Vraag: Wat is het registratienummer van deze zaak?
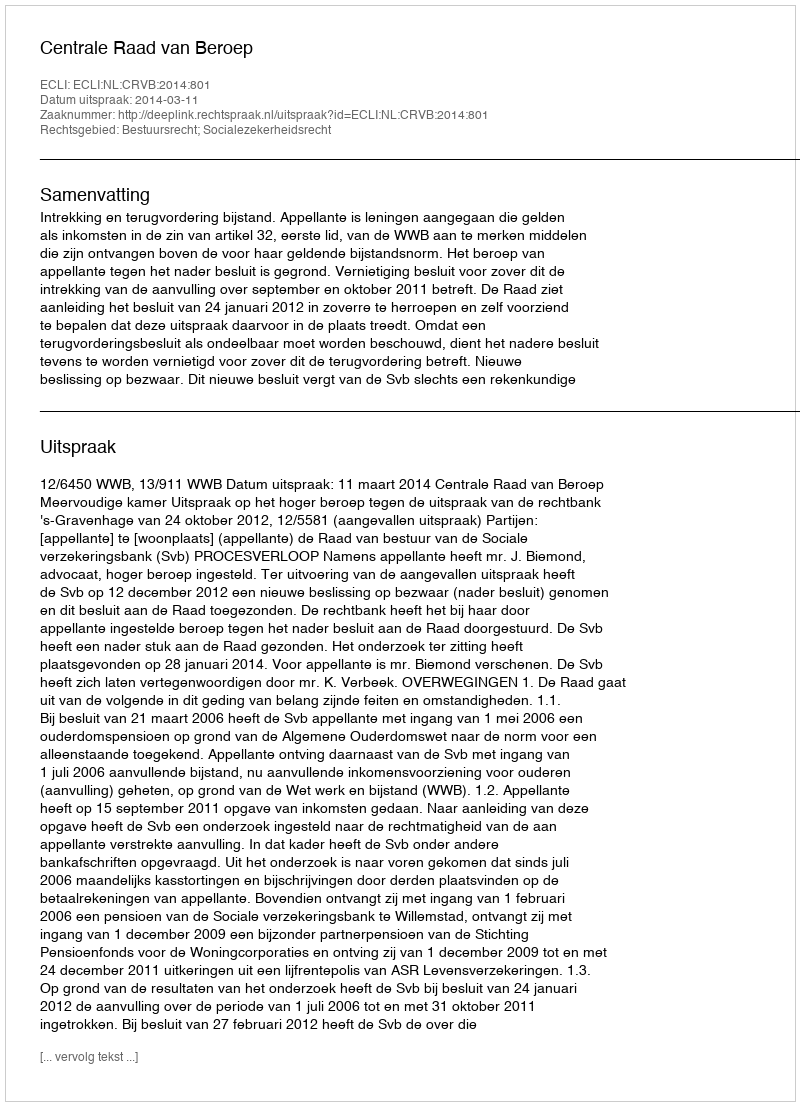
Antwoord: http://deeplink.rechtspraak.nl/uitspraak?id=ECLI:NL:CRVB:2014:801